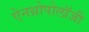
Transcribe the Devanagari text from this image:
ऐनथ्रोपोलॉजी